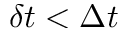
\delta t < \Delta t